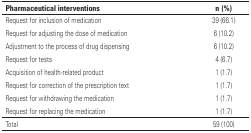
<table><thead><tr><td><b>Pharmaceutical interventions</b></td><td><b>n (%)</b></td></tr></thead><tbody><tr><td>Request for inclusion of medication</td><td>39 (66.1)</td></tr><tr><td>Request for adjusting the dose of medication</td><td>6 (10.2)</td></tr><tr><td>Adjustment to the process of drug dispensing</td><td>6 (10.2)</td></tr><tr><td>Request for tests</td><td>4 (6.7)</td></tr><tr><td>Acquisition of health-related product</td><td>1 (1.7)</td></tr><tr><td>Request for correction of the prescription text</td><td>1 (1.7)</td></tr><tr><td>Request for withdrawing the medication</td><td>1 (1.7)</td></tr><tr><td>Request for replacing the medication</td><td>1 (1.7)</td></tr><tr><td>Total</td><td>59 (100)</td></tr></tbody></table>